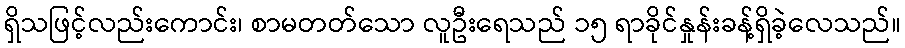
ရှိသဖြင့်လည်းကောင်း၊ စာမတတ်သော လူဦးရေသည် ၁၅ ရာခိုင်နှုန်းခန့်ရှိခဲ့လေသည်။